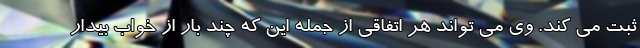
ثبت می کند. وی می تواند هر اتفاقی از جمله این که چند بار از خواب بیدار